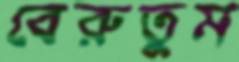
বেরুতুম